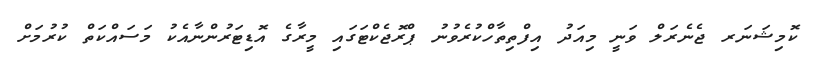
ކޮމިޝަނަރ ޖެނެރަލް ވަނީ މިއަދު އިފްތިތާހްކުރެވުނު ޕްރޮޖެކްޓަގައި މީރާގެ އޮޑިޓަރުންނާއެކު މަސައްކަތް ކުރުމަށް